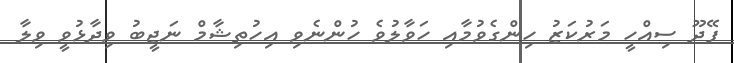
ފޭދޫ ސިއްހީ މަރުކަޒު ހިންގެވުމާއި ހަވާލުވެ ހުންނެވި އިހުތިޝާމް ނަޖީބު ވިދާޅުވީ ވިލާ